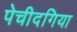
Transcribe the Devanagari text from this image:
पेचीदगिया